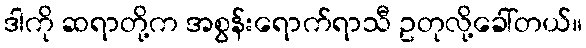
ဒါကို ဆရာတို့က အစွန်းရောက်ရာသီ ဥတုလို့ခေါ်တယ်။